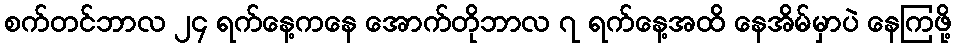
စက်တင်ဘာလ ၂၄ ရက်နေ့ကနေ အောက်တိုဘာလ ၇ ရက်နေ့အထိ နေအိမ်မှာပဲ နေကြဖို့